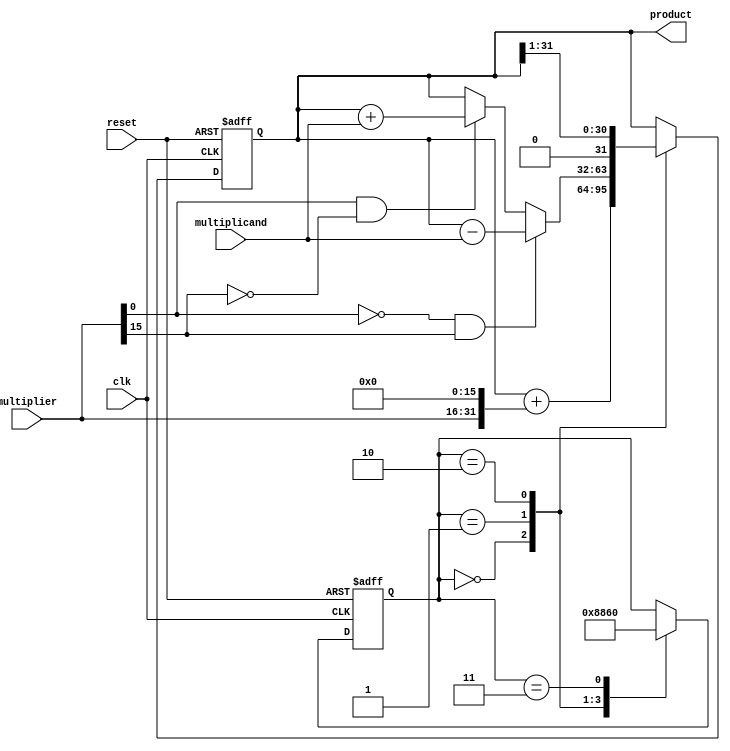
module BoothMultiplier(
  input wire clk,
  input wire reset,
  input wire [15:0] multiplicand,
  input wire [15:0] multiplier,
  output reg [31:0] product
);

  reg [31:0] result;
  reg [4:0] count;

  always @(posedge clk or posedge reset) begin
    if (reset) begin
      result <= 0;
      count <= 0;
    end else begin
      case(count)
        0: begin
          result <= result + (multiplier << 16);
          count <= 1;
        end
        1: begin
          if (multiplier[0] == 0 && multiplier[15] == 1) begin
            result <= result - multiplicand;
          end else if (multiplier[0] == 1 && multiplier[15] == 0) begin
            result <= result + multiplicand;
          end
          count <= 2;
        end
        2: begin
          result <= result >> 1;
          count <= 3;
        end
        3: begin
          count <= 0;
        end
      endcase
    end
  end

  assign product = result;

endmodule